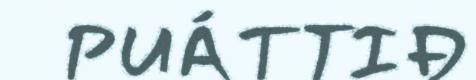
PUÁTTIĐ